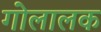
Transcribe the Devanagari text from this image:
गोलालक